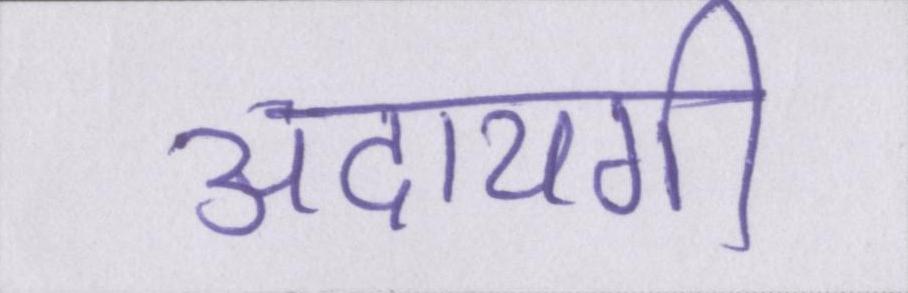
अदायगी